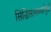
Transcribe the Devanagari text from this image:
सिद्धिसामर्थ्यामुळे